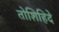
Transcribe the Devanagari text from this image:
तोशिहिदे